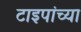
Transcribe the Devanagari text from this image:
टाइपांच्या